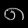
Digit: ၈